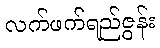
လက်ဖက်ရည်ဇွန်း